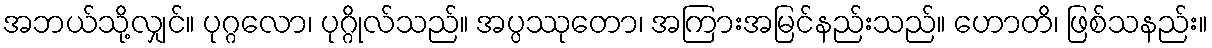
အဘယ်သို့လျှင်။ ပုဂ္ဂလော၊ ပုဂ္ဂိုလ်သည်။ အပ္ပဿုတော၊ အကြားအမြင်နည်းသည်။ ဟောတိ၊ ဖြစ်သနည်း။